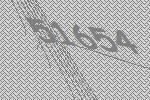
51654